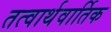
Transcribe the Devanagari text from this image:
तत्वार्थवार्तिक